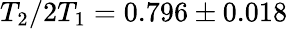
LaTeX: T_{2}/2T_{1}=0.796\pm 0.018